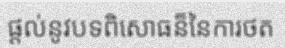
ផ្តល់នូវបទពិសោធន៏នៃការថត